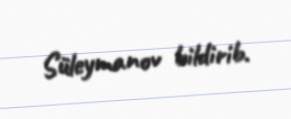
Süleymanov bildirib.